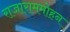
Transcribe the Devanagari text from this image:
राजाराममोहन